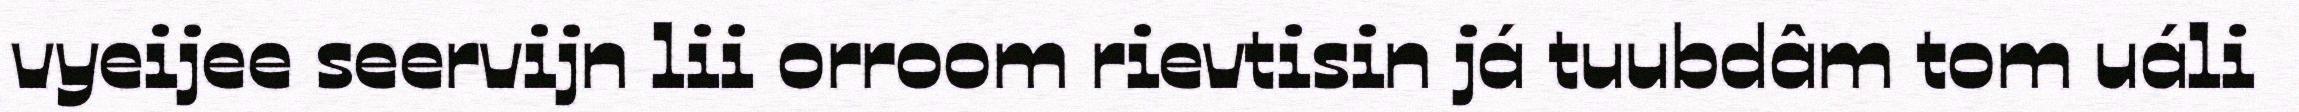
vyeijee seervijn lii orroom rievtisin já tuubdâm tom uáli